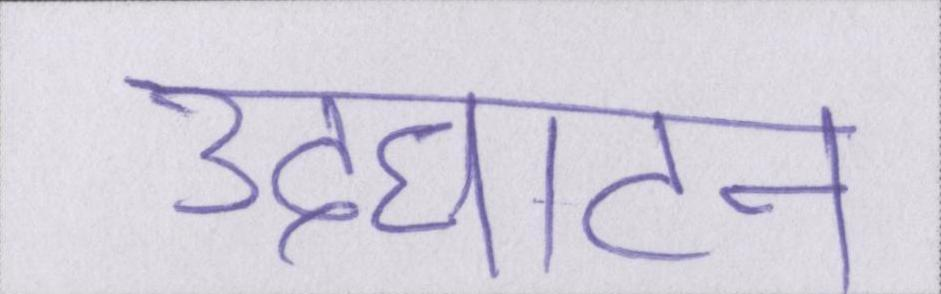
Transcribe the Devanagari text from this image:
उदघाटन